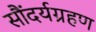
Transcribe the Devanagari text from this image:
सौंदर्यग्रहण